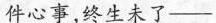
件心事，终生未了—